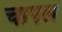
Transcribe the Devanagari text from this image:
चापल